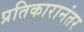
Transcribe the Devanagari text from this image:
प्रतिकारानंतर